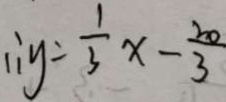
\therefore y = \frac { 1 } { 3 } x - \frac { 2 0 } { 3 }